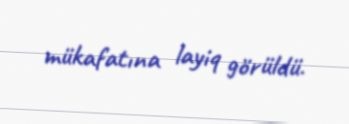
mükafatına layiq görüldü.